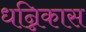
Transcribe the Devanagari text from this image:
धन्निकास